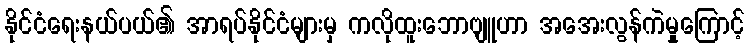
နိုင်ငံရေးနယ်ပယ်၏ အာရပ်နိုင်ငံများမှ ကလိုထူးဘောဗျူဟာ အအေးလွန်ကဲမှုကြောင့်